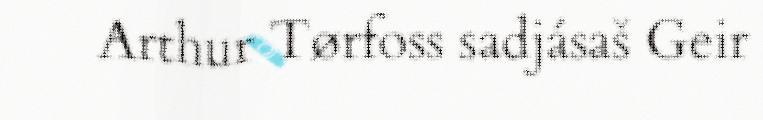
Arthur Tørfoss sadjásaš Geir